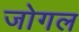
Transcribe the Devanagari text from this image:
जोगल